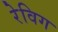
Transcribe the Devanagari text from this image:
रेविग